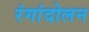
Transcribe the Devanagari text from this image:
रंगांदोलन